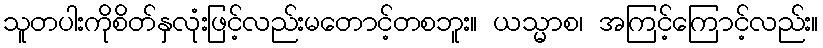
သူတပါးကိုစိတ်နှလုံးဖြင့်လည်းမတောင့်တစဘူး။ ယသ္မာစ၊ အကြင့်ကြောင့်လည်း။